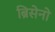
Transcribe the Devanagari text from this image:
ब्रिसेनो